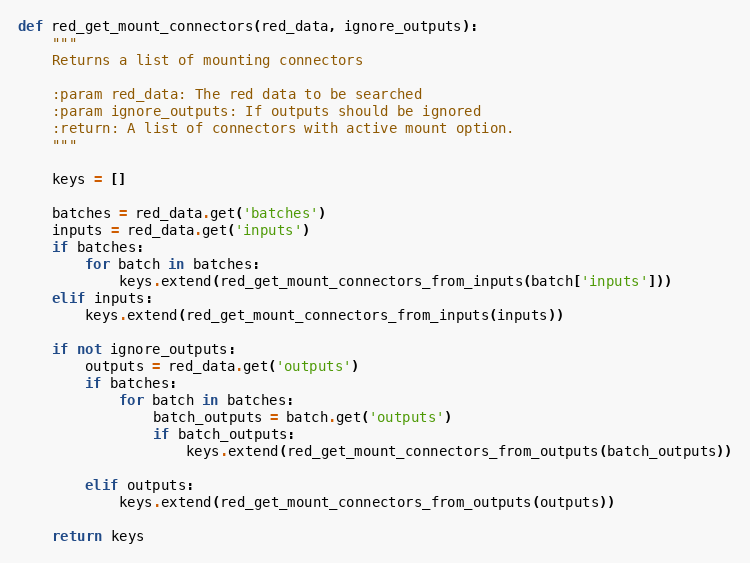
Language: Python
def red_get_mount_connectors(red_data, ignore_outputs):
    """
    Returns a list of mounting connectors

    :param red_data: The red data to be searched
    :param ignore_outputs: If outputs should be ignored
    :return: A list of connectors with active mount option.
    """

    keys = []

    batches = red_data.get('batches')
    inputs = red_data.get('inputs')
    if batches:
        for batch in batches:
            keys.extend(red_get_mount_connectors_from_inputs(batch['inputs']))
    elif inputs:
        keys.extend(red_get_mount_connectors_from_inputs(inputs))

    if not ignore_outputs:
        outputs = red_data.get('outputs')
        if batches:
            for batch in batches:
                batch_outputs = batch.get('outputs')
                if batch_outputs:
                    keys.extend(red_get_mount_connectors_from_outputs(batch_outputs))

        elif outputs:
            keys.extend(red_get_mount_connectors_from_outputs(outputs))

    return keys